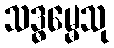
သဒ္ဓမ္မေသု